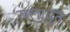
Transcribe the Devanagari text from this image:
जलावृत